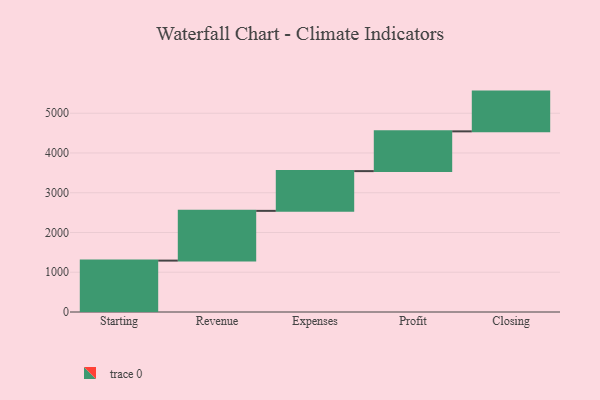
{"axis": {"x": "Step", "y": "Value"}, "legend": [""], "data": [{"x": "Starting", "y": 1293.0, "type": ""}, {"x": "Revenue", "y": 1251.0, "type": ""}, {"x": "Expenses", "y": 1000, "type": ""}, {"x": "Profit", "y": 1000, "type": ""}, {"x": "Closing", "y": 1000, "type": ""}]}